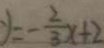
y = - \frac { 2 } { 3 } x + 2